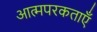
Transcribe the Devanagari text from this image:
आत्मपरकताएँ